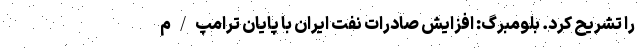
را تشریح کرد. بلومبرگ: افزایش صادرات نفت ایران با پایان ترامپ / م